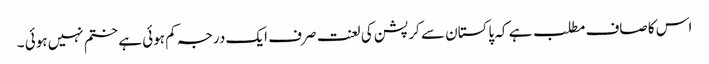
اس کا صاف مطلب ہے کہ پاکستان سے کرپشن کی لعنت صرف ایک درجہ کم ہوئی ہے ختم نہیں ہوئی ۔